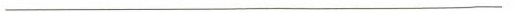
___